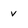
Character: v